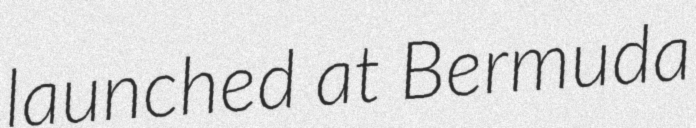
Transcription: launched at Bermuda